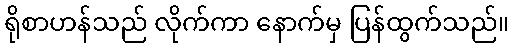
ရိုစာဟန်သည် လိုက်ကာ နောက်မှ ပြန်ထွက်သည်။